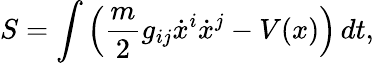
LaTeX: S=\int\left({\frac{m}{2}}g_{ij}{\dot{x}}^{i}{\dot{x}}^{j}-V(x)\right)\, dt,